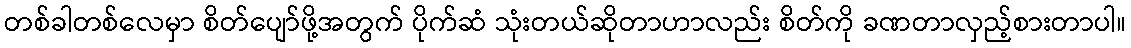
တစ်ခါတစ်လေမှာ စိတ်ပျော်ဖို့အတွက် ပိုက်ဆံ သုံးတယ်ဆိုတာဟာလည်း စိတ်ကို ခဏတာလှည့်စားတာပါ။